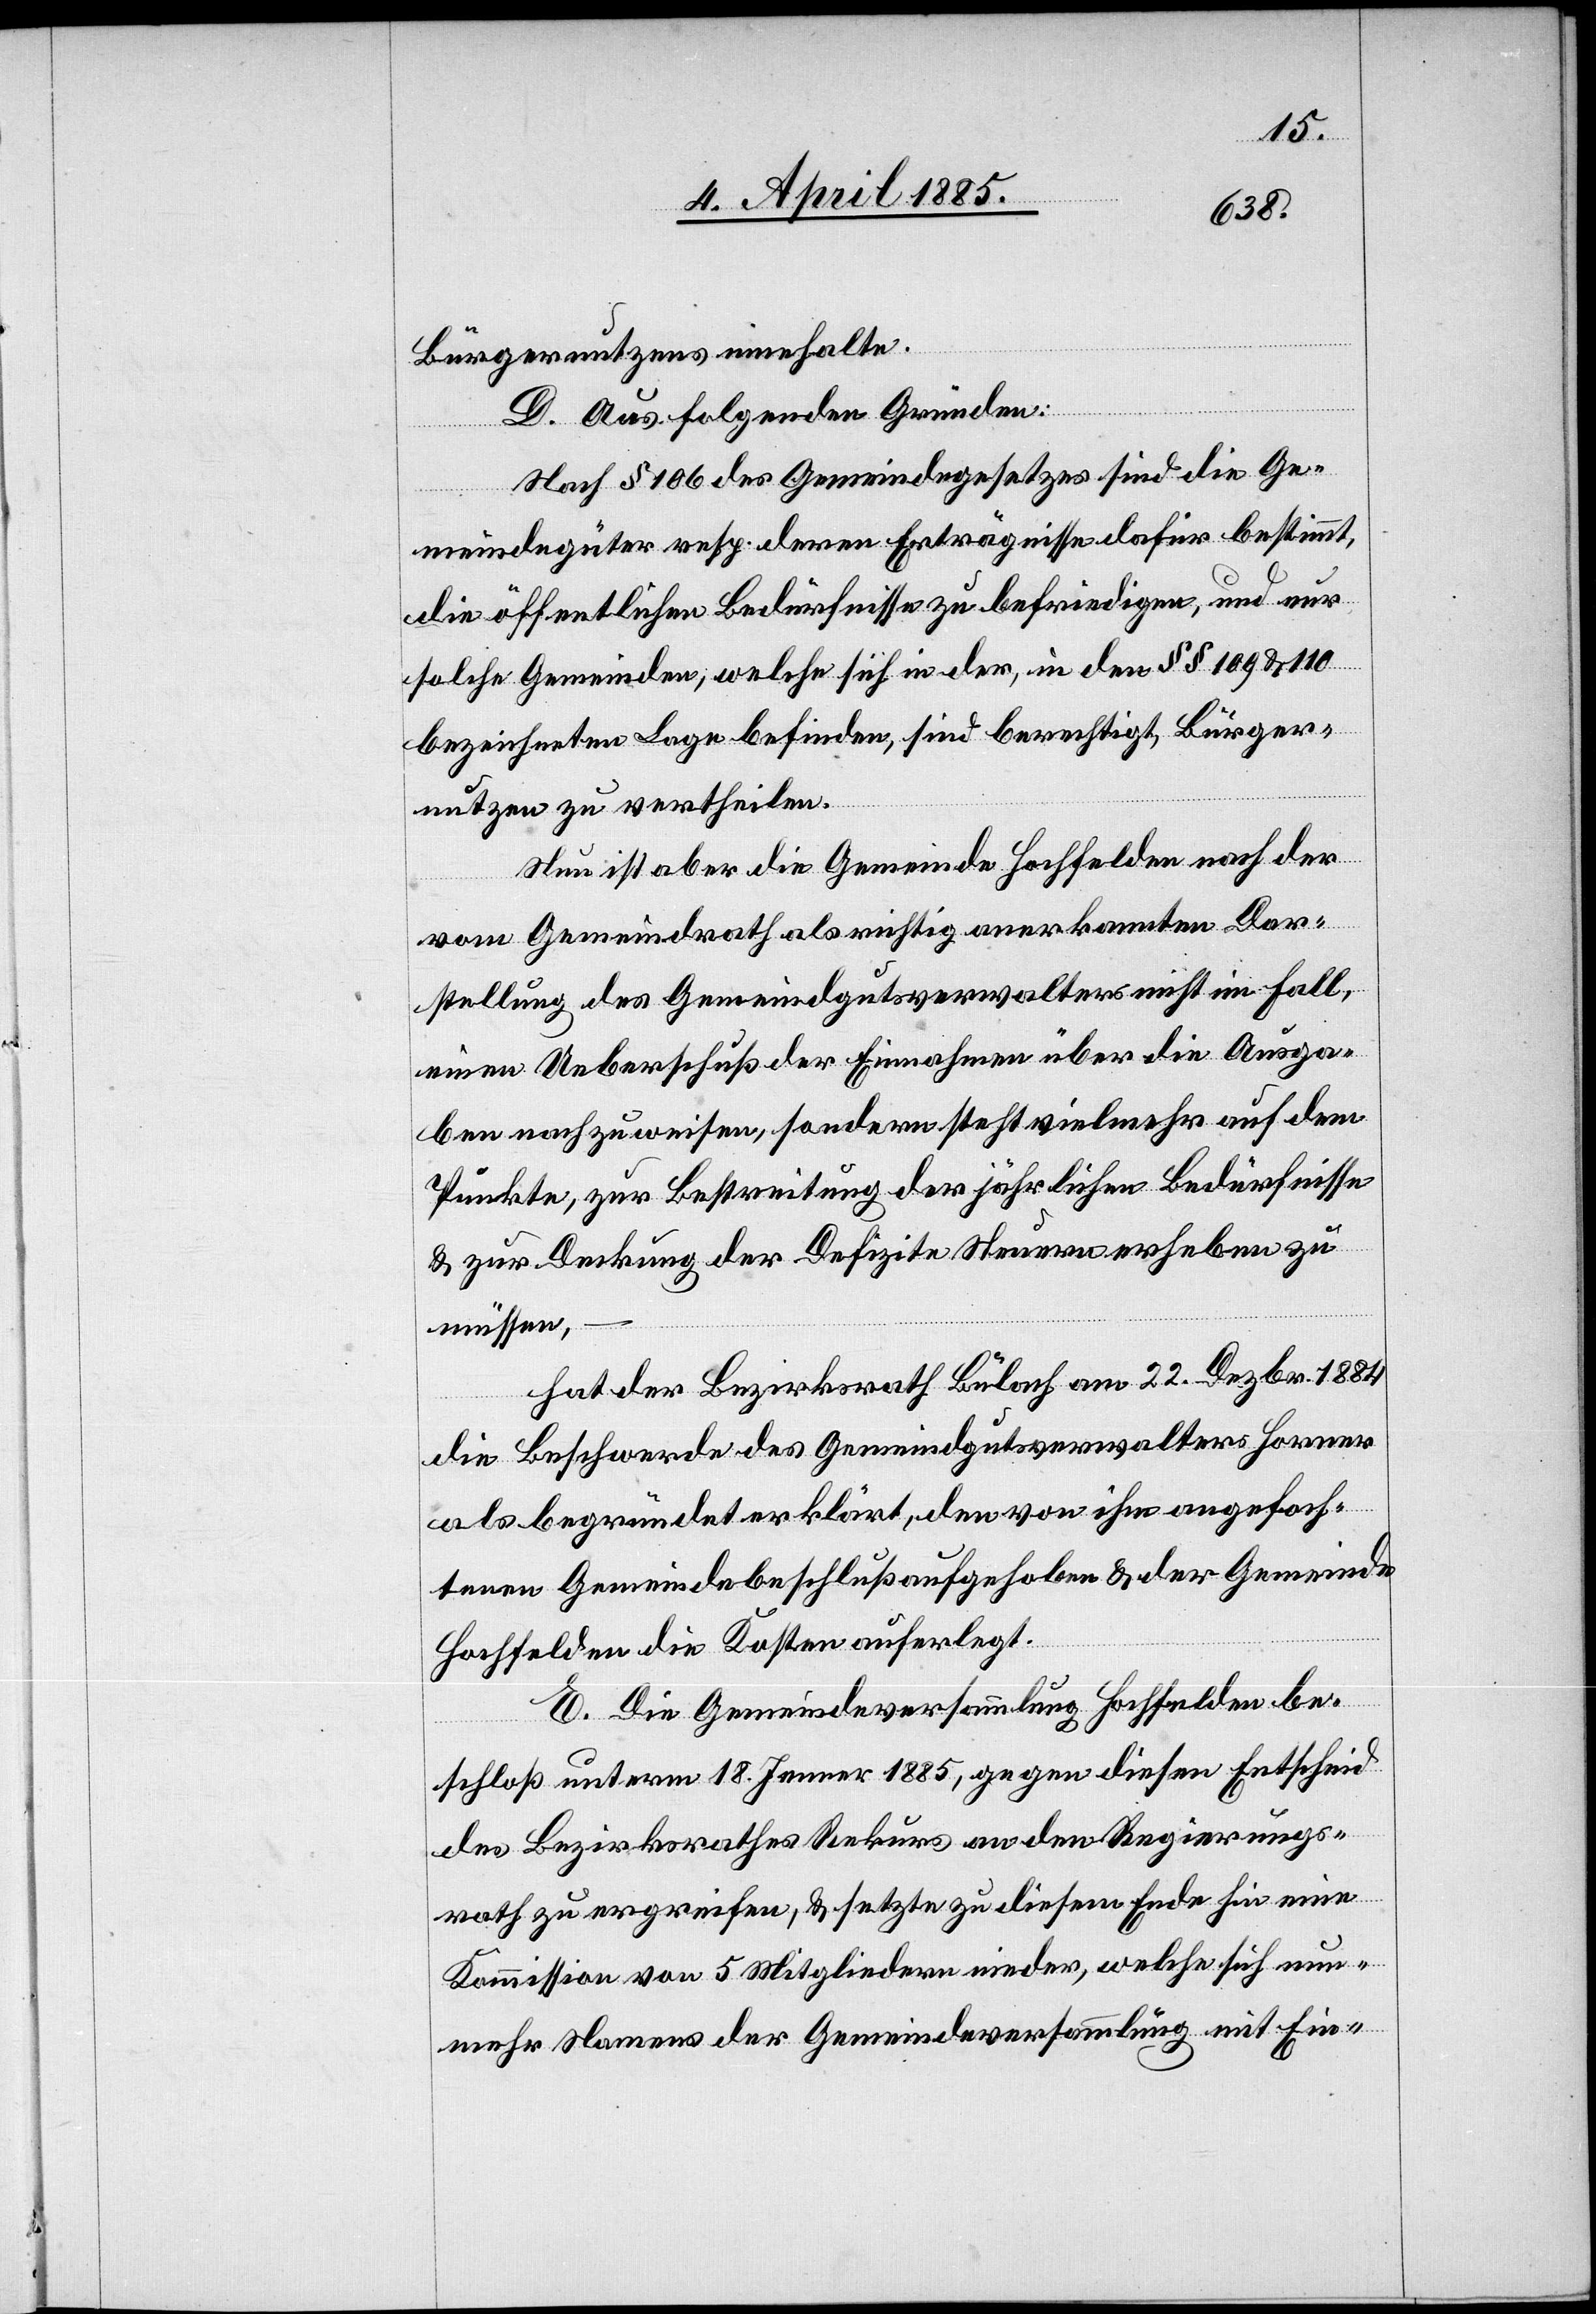
Bürgernutzens innehalte.
D. Aus folgenden Gründen:
Nach § 106 des Gemeindegesetzes sind die Ge¬
meindegüter resp. deren Erträgnisse dafür bestimmt,
die öffentlichen Bedürfnisse zu befriedigen, und nur
solche Gemeinden, welche sich in der, in den §§ 109 &110
bezeichneten Lage befinden, sind berechtigt, Bürger¬
nutzen zu vertheilen.
Nun ist aber die Gemeinde Hochfelden nach der
vom Gemeindrath als richtig anerkannten Dar¬
stellung des Gemeindgutsverwalters nicht im Fall,
einen Ueberschuß der Einnahmen über die Ausga¬
ben nachzuweisen, sondern steht vielmehr auf dem
Punkte, zur Bestreitung der jährlichen Bedürfnisse
& zur Deckung der Defizite Steuern erheben zu
müssen,
hat der Bezirksrath Bülach am 22. Dezbr. 1884
die Beschwerde des Gemeindgutsverwalters Horner
als begründet erklärt, den von ihm angefoch¬
tenen Gemeindebeschluß aufgehoben & der Gemeinde
Hochfelden die Kosten auferlegt.
E. Die Gemeindeversammlung Hochfelden be¬
schloß unterm 18. Jenner 1885, gegen diesen Entscheid
des Bezirksrathes Rekurs an den Regierungs¬
rath zu ergreifen, & setzte zu diesem Ende hin eine
Kommission von 5 Mitgliedern nieder, welche sich nun¬
mehr Namens der Gemeindeversammlung mit Ein-